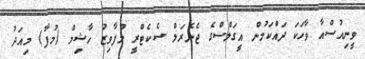
ވީނިއުސްއާ ވާހަކަ ދައްކަމުން އީގަލްސްގެ ޖެނެރަލް ސެކެޓްރީ މުފާވިޒު ހާޝިމް (މުފާ) މިއަދު